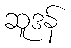
ဆူဒန်